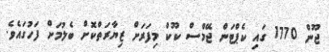
ޖޫން 1770 ގައި ކެޕްޓަން ޖޭމްސް ކޫކް މިފަރަށް ޒިޔާރަތްކޮށް ބެލުމަށް ފަހުގައެވެ.